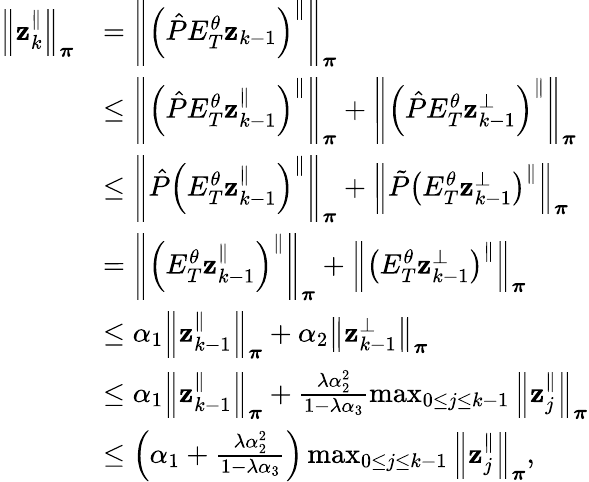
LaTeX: \begin{array}{rl}{\left\lVert\mathbf{z}_{k}^{\parallel}\right\rVert_{\boldsymbol\pi}}&{=\left\lVert\left(\hat{P}E_{T}^{\theta}\mathbf{z}_{k-1}\right)^{\parallel}\right\rVert_{\boldsymbol\pi}}\\ &{\leq\left\lVert\left(\hat{P}E_{T}^{\theta}\mathbf{z}_{k-1}^{\parallel}\right)^{\parallel}\right\rVert_{\boldsymbol\pi}+\left\lVert\left(\hat{P}E_{T}^{\theta}\mathbf{z}_{k-1}^{\perp}\right)^{\parallel}\right\rVert_{\boldsymbol\pi}}\\ &{\leq\left\lVert\hat{P}\left(E_{T}^{\theta}\mathbf{z}_{k-1}^{\parallel}\right)^{\parallel}\right\rVert_{\boldsymbol\pi}+\left\lVert\tilde{P}\left(E_{T}^{\theta}\mathbf{z}_{k-1}^{\perp}\right)^{\parallel}\right\rVert_{\boldsymbol\pi}}\\ &{=\left\lVert\left(E_{T}^{\theta}\mathbf{z}_{k-1}^{\parallel}\right)^{\parallel}\right\rVert_{\boldsymbol\pi}+\left\lVert\left(E_{T}^{\theta}\mathbf{z}_{k-1}^{\perp}\right)^{\parallel}\right\rVert_{\boldsymbol\pi}}\\ &{\leq\alpha_{1}\left\lVert\mathbf{z}_{k-1}^{\parallel}\right\rVert_{\boldsymbol\pi}+\alpha_{2}\left\lVert\mathbf{z}_{k-1}^{\perp}\right\rVert_{\boldsymbol\pi}}\\ &{\leq\alpha_{1}\left\lVert\mathbf{z}_{k-1}^{\parallel}\right\rVert_{\boldsymbol\pi}+\frac{\lambda\alpha_{2}^{2}}{1-\lambda\alpha_{3}}\operatorname*{max}_{0\leq j\leq k-1}\left\lVert\mathbf{z}_{j}^{\parallel}\right\rVert_{\boldsymbol\pi}}\\ &{\leq\left(\alpha_{1}+\frac{\lambda\alpha_{2}^{2}}{1-\lambda\alpha_{3}}\right)\operatorname*{max}_{0\leq j\leq k-1}\left\lVert\mathbf{z}_{j}^{\parallel}\right\rVert_{\boldsymbol\pi},}\end{array}